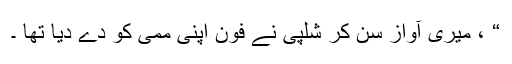
“ ، میری آواز سن کر شلپی نے فون اپنی ممی کو دے دیا تھا ۔